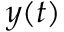
y ( t )